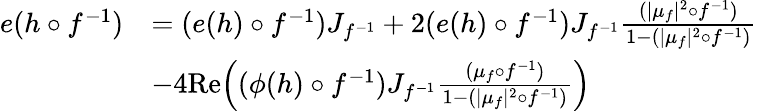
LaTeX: \begin{array}{rl}{e(h\circ f^{-1})}&{=(e(h)\circ f^{-1})J_{f^{-1}}+2(e(h)\circ f^{-1})J_{f^{-1}}\frac{(|\mu_{f}|^{2}\circ f^{-1})}{1-(|\mu_{f}|^{2}\circ f^{-1})}}\\ &{-4\textrm{Re}\Big((\phi(h)\circ f^{-1})J_{f^{-1}}\frac{(\mu_{f}\circ f^{-1})}{1-(|\mu_{f}|^{2}\circ f^{-1})}\Big)}\end{array}